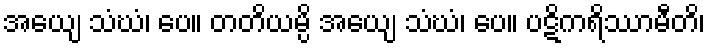
အယျေ သံဃံ၊ ပေ။ တတိယမ္ပိ အယျေ သံဃံ၊ ပေ။ ပဋိကရိဿာမီတိ၊